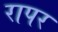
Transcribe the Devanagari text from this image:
रापर